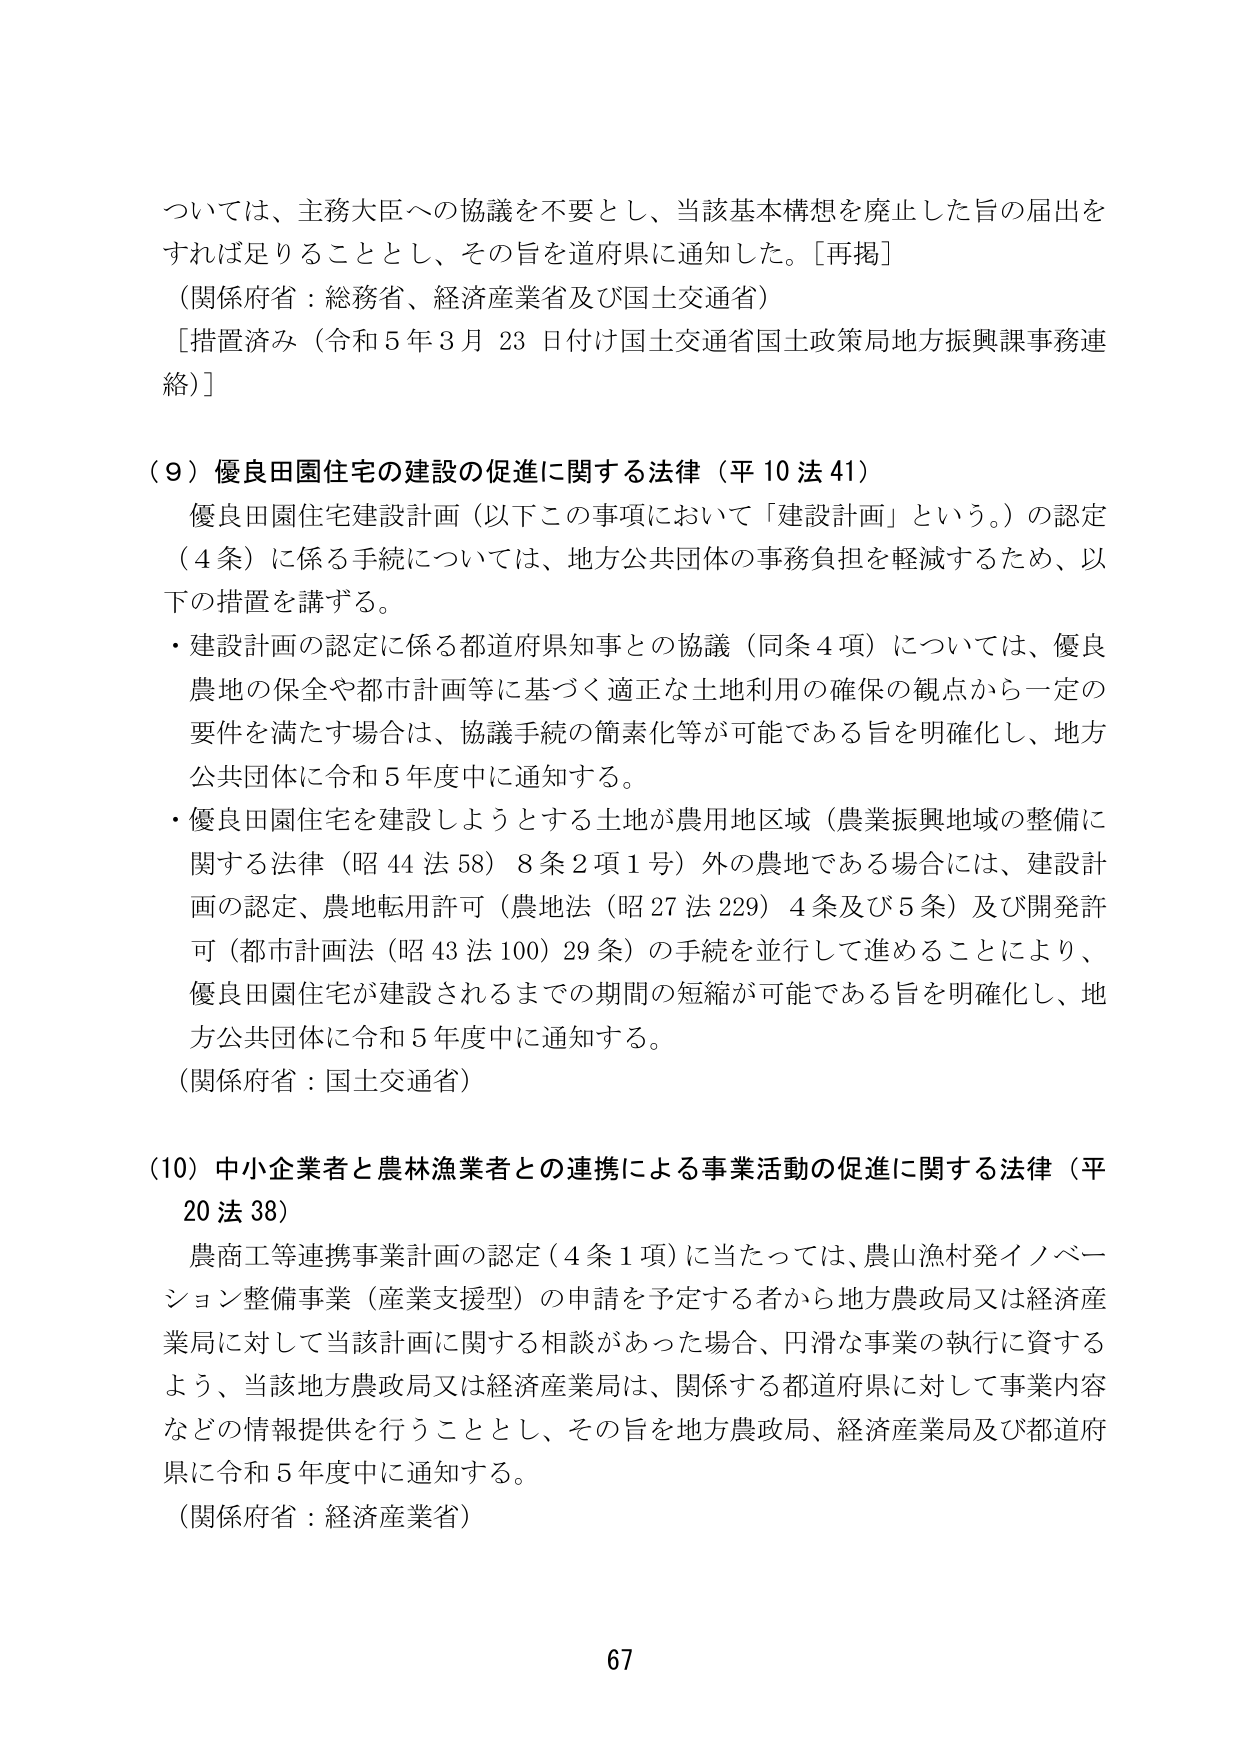
ついては、主務大臣への協議を不要とし、当該基本構想を廃止した旨の届出を
すれば足りることとし、その旨を道府県に通知した。［再掲］
（関係府省：総務省、経済産業省及び国土交通省）
［措置済み（令和５年３月23日付け国土交通省国土政策局地方振興課事務連
絡）］

（９）優良田園住宅の建設の促進に関する法律（平10法41）
　優良田園住宅建設計画（以下この事項において「建設計画」という。）の認定
（４条）に係る手続については、地方公共団体の事務負担を軽減するため、以
下の措置を講ずる。
・建設計画の認定に係る都道府県知事との協議（同条４項）については、優良
農地の保全や都市計画等に基づく適正な土地利用の確保の観点から一定の
要件を満たす場合は、協議手続の簡素化等が可能である旨を明確化し、地方
公共団体に令和５年度中に通知する。
・優良田園住宅を建設しようとする土地が農用地区域（農業振興地域の整備に
関する法律（昭44法58）８条２項１号）外の農地である場合には、建設計
画の認定、農地転用許可（農地法（昭27法229）４条及び５条）及び開発許
可（都市計画法（昭43法100）29条）の手続を並行して進めることにより、
優良田園住宅が建設されるまでの期間の短縮が可能である旨を明確化し、地
方公共団体に令和５年度中に通知する。
（関係府省：国土交通省）

（10）中小企業者と農林漁業者との連携による事業活動の促進に関する法律（平
20法38）
　農商工等連携事業計画の認定（４条１項）に当たっては、農山漁村発イノベー
ション整備事業（産業支援型）の申請を予定する者から地方農政局又は経済産
業局に対して当該計画に関する相談があった場合、円滑な事業の執行に資する
よう、当該地方農政局又は経済産業局は、関係する都道府県に対して事業内容
などの情報提供を行うこととし、その旨を地方農政局、経済産業局及び都道府
県に令和５年度中に通知する。
（関係府省：経済産業省）

67